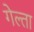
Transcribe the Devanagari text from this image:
गेल्ता